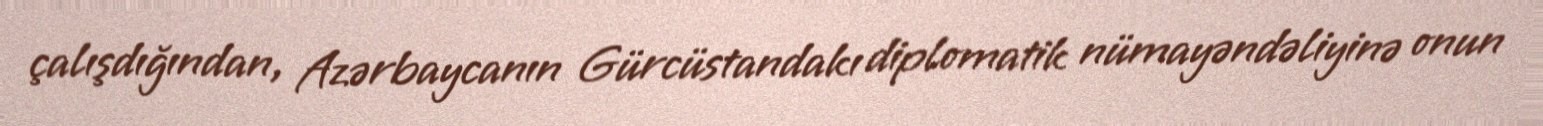
çalışdığından, Azərbaycanın Gürcüstandakı diplomatik nümayəndəliyinə onun